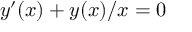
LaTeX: y ^ { \prime } ( x ) + y ( x ) / x = 0